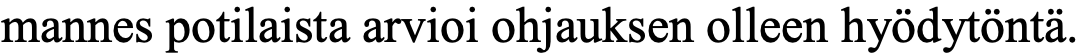
mannes potilaista arvioi ohjauksen olleen hyödytöntä.